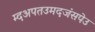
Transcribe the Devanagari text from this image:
म्दअपतउमदजंसपेउ